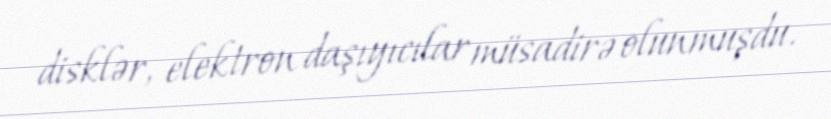
disklər, elektron daşıyıcılar müsadirə olunmuşdu.